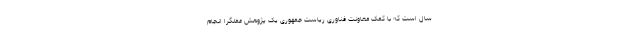
سال است که با کمک معاونت فناوری ریاست جمهوری یک پژوهش عملگرا انجام